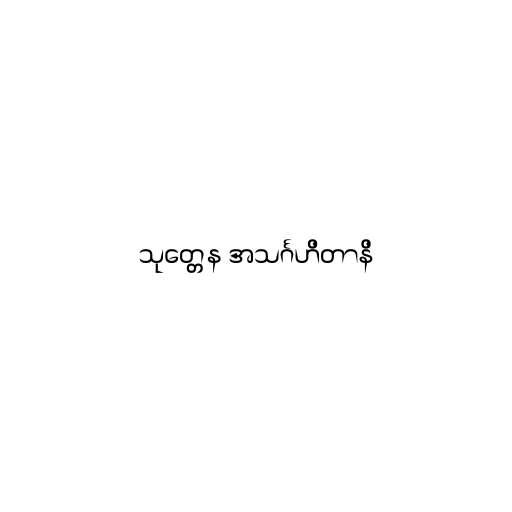
သုတ္တေန အသင်္ဂဟိတာနိ